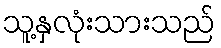
သူ့နှလုံးသားသည်